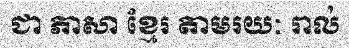
ជា ភាសា ខ្មែរ តាមរយៈ រាល់